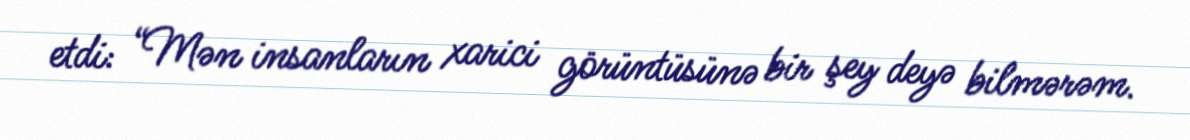
etdi: “Mən insanların xarici görüntüsünə bir şey deyə bilmərəm.